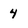
Character: 4